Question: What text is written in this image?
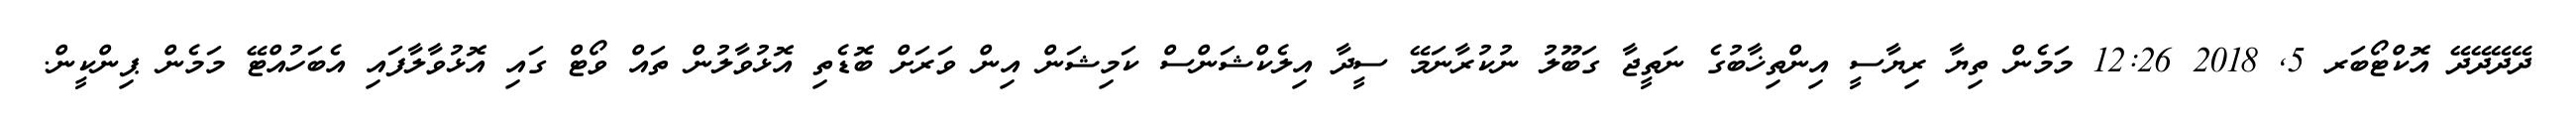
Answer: ދޭދޭދޭދޭ އޮކްޓޯބަރ 5, 2018 12:26 މަމެން ތިޔާ ރިޔާސީ އިންތިޚާބުގެ ނަތީޖާ ގަބޫލު ނުކުރާނަމޭ ސީދާ އިލެކްޝަންސް ކަމިޝަން އިން ވަރަށް ބޮޑެތި އޮޅުވާލުން ތައް ވޯޓް ގައި އޮޅުވާލާފައި އެބަހުއްޓޭ މަމެން ޕިންކީން.